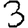
Digit: 3